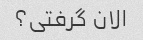
الان گرفتی؟